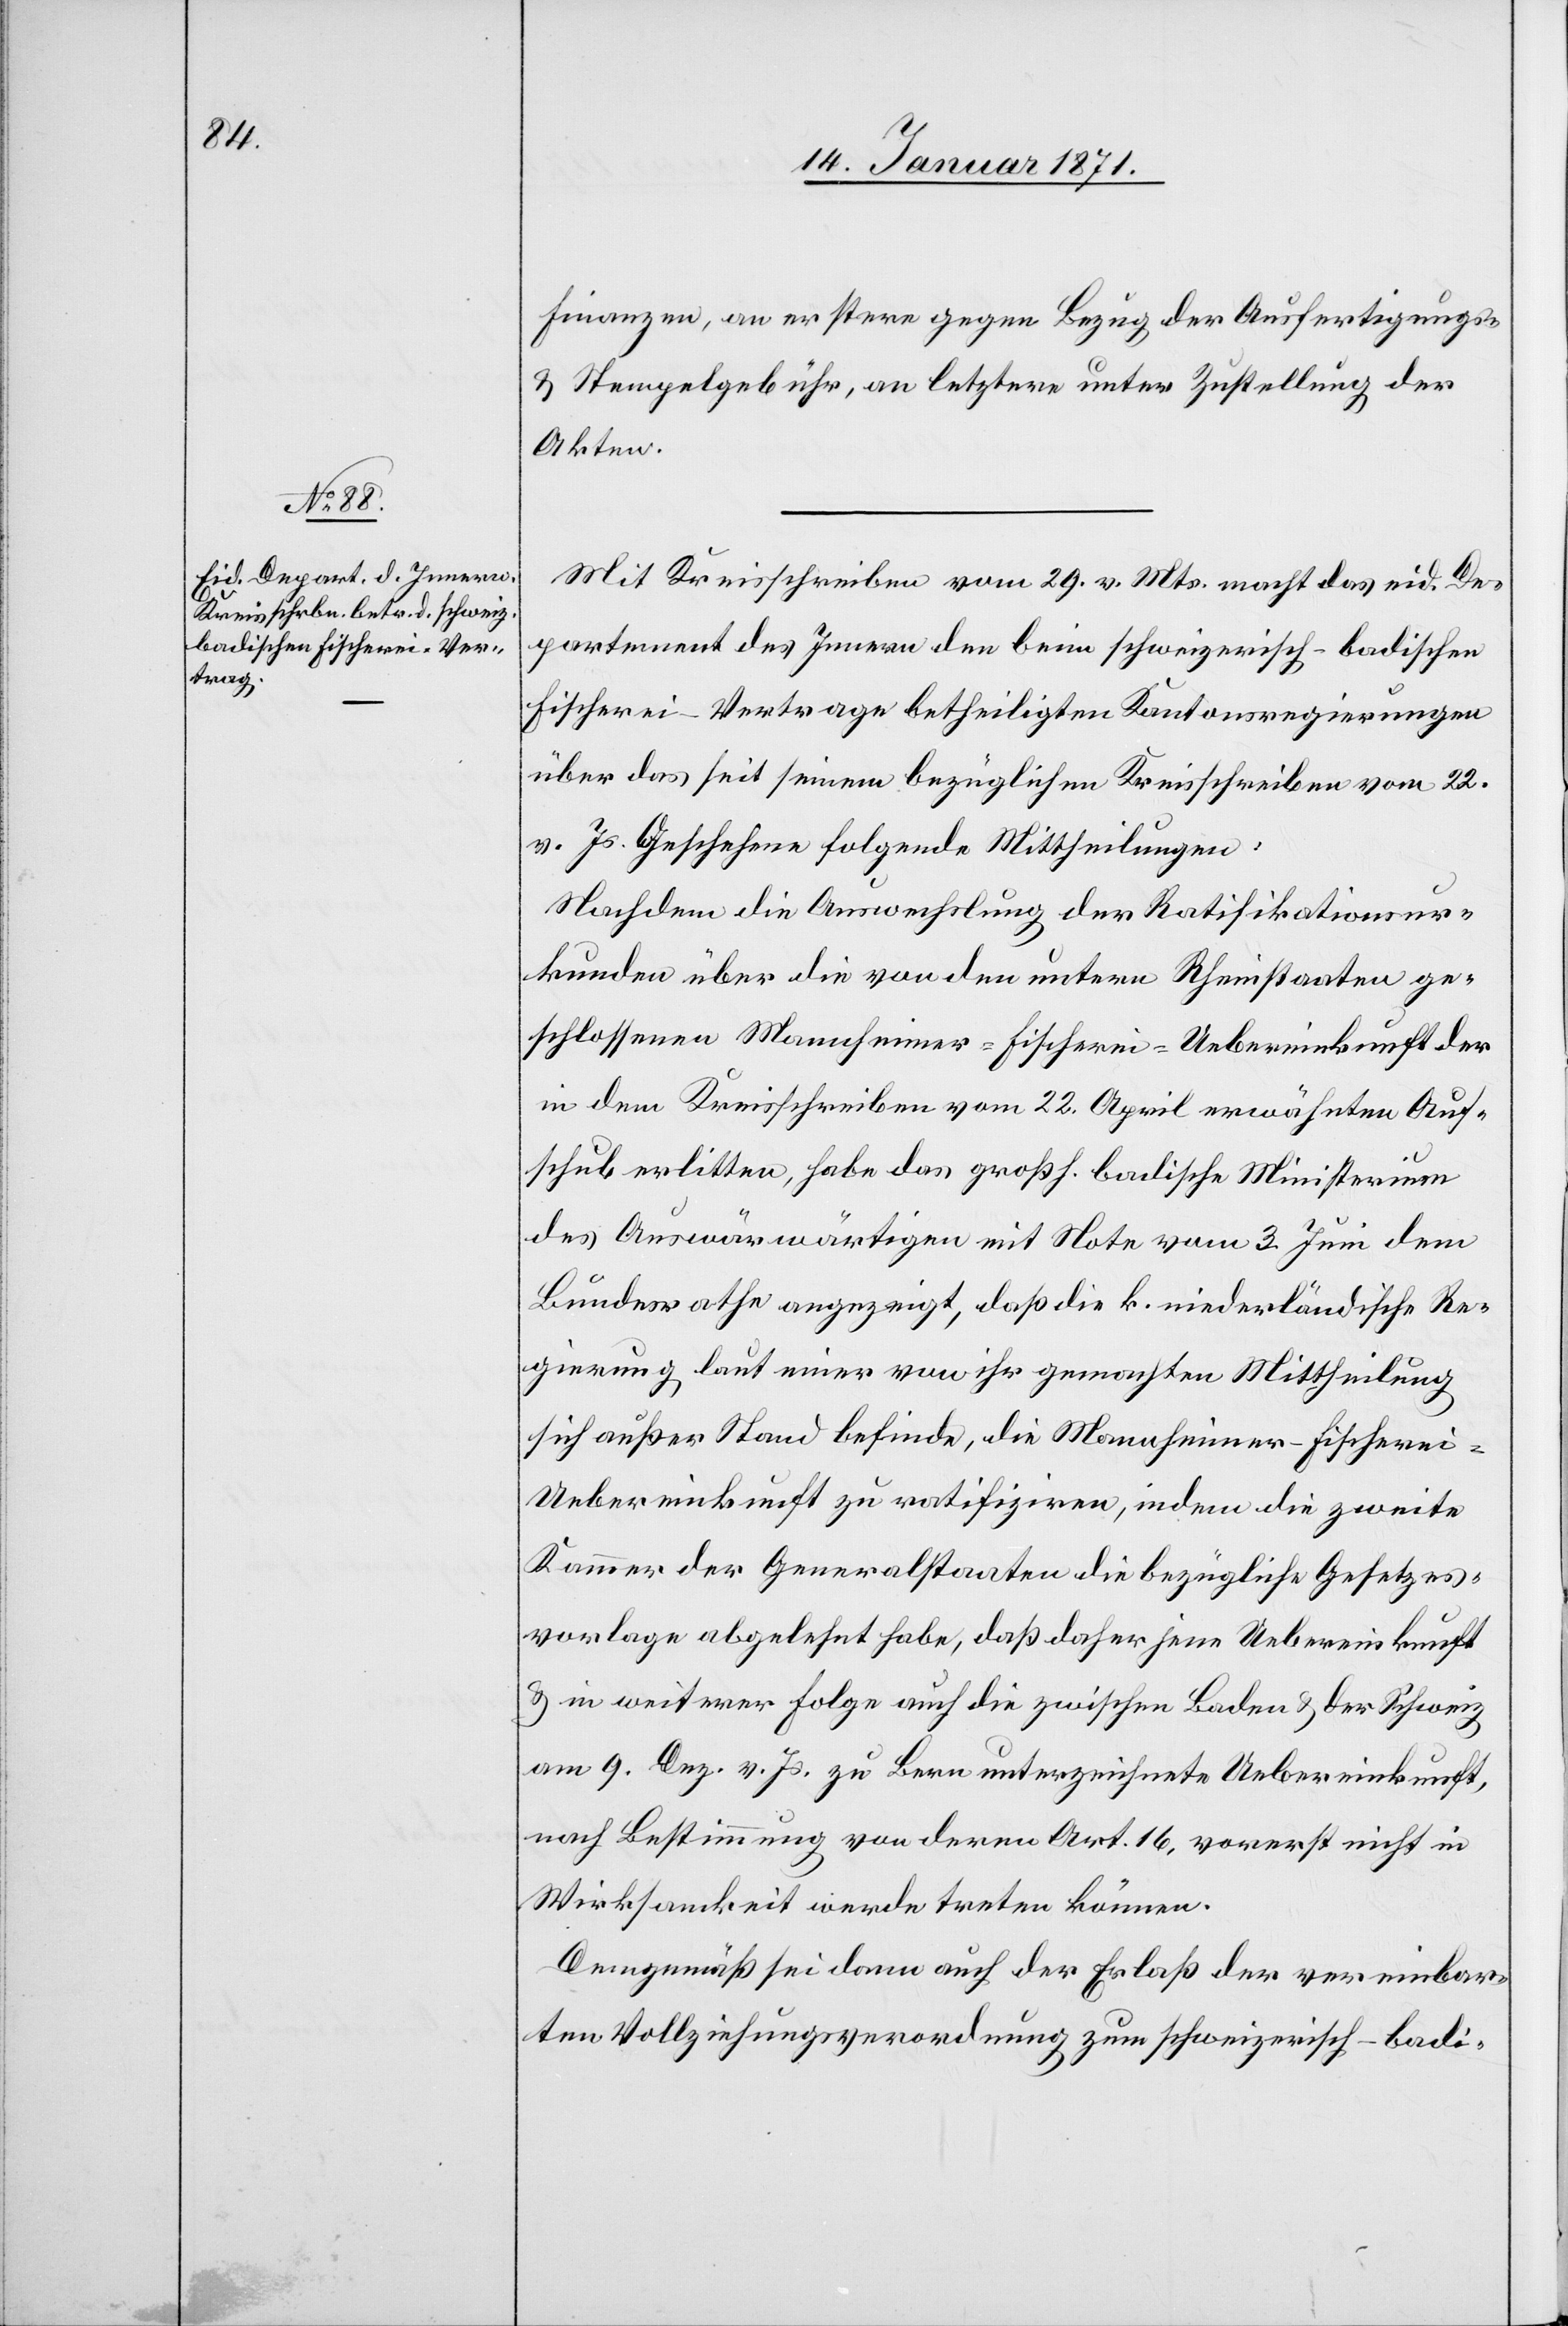
Finanzen, an erstere gegen Bezug der Ausfertigungs-
u. Stempelgebühr, an letztere unter Zustellung der
Akten.
Mit Kreisschreiben vom 29. v. Mts. macht das eid. De¬
partement des Innern den beim schweizerisch-badischen
Fischerei-Vertrage betheiligten Kantonsregierungen
über das seit seinem bezüglichen Kreisschreiben vom 22.
v. Js. Geschehene folgende Mittheilungen:
Nachdem die Auswechslung der Ratifikationsur¬
kunden über die von den untern Rheinstaaten ge¬
schlossenen Mannheimer-Fischerei-Uebereinkunft der
in den Kreisschreiben vom 22. April erwähnten Auf¬
schub erlitten, habe das großh. badische Ministerium
des Auswärwärtigen [sic!] mit Note vom 3. Juni dem
Bundesrathe angezeigt, daß die k. niederländische Re¬
gierung laut einer von ihr gemachten Mittheilung
sich außer Stand befinde, die Mannheimer-Fischerei-U¬
ebereinkunft zu ratifiziren, indem die zweite
Kammer der Generalstaaten die bezügliche Gesetzes¬
vorlage abgelehnt habe, daß daher jene Uebereinkunft
u. in weiterer Folge auf die zwischen Baden u. der Schweiz
am 9. Dez. v. Js. zu Bern unterzeichnete Uebereinkunft,
nach Bestimmung von deren Art. 16, vorerst nicht in
Wirksamkeit werde treten können.
Demgemäß sei dann auch der Erlaß der vereinbar¬
ten Vollziehungsverordnung zum schweizerisch-badi-